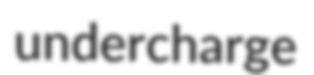
undercharge